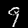
Label: 9